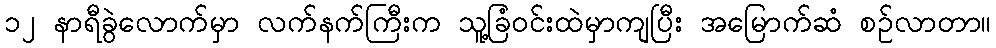
၁၂ နာရီခွဲလောက်မှာ လက်နက်ကြီးက သူ့ခြံဝင်းထဲမှာကျပြီး အမြောက်ဆံ စဉ်လာတာ။